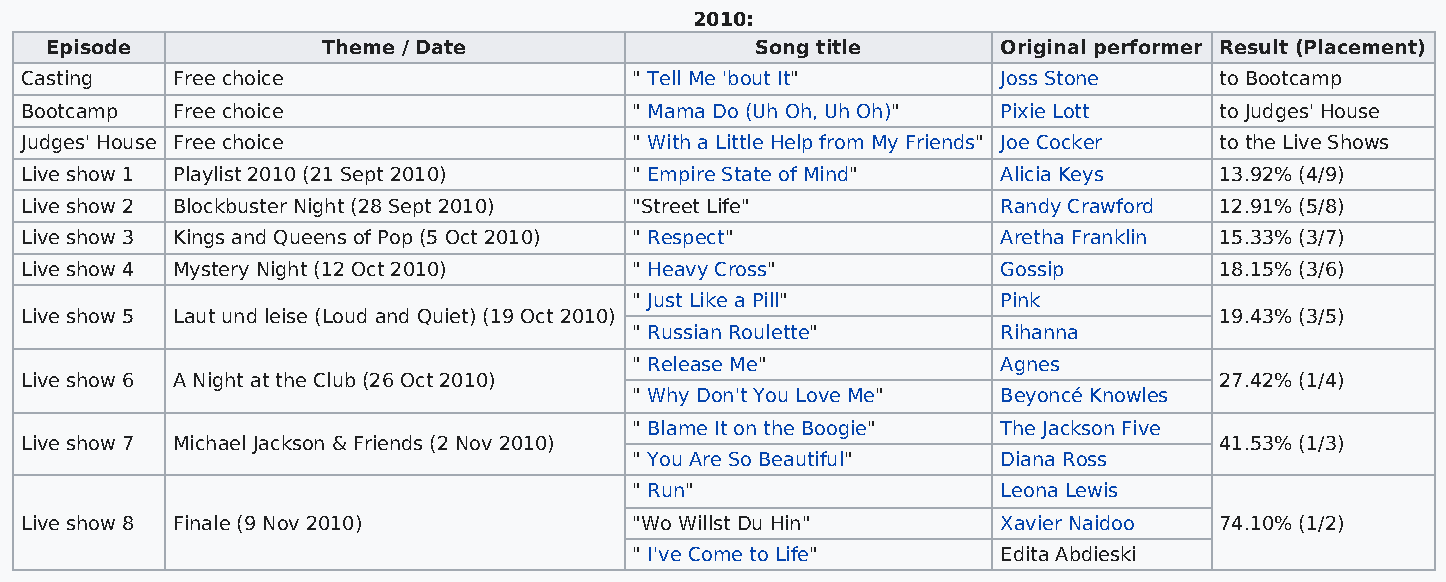
2010:
 Episode           Theme / Date                 Song title      Original performer Result (Placement)
 Casting   Free choice                    " Tell Me 'bout It"     Joss Stone     to Bootcamp
 Bootcamp  Free choice                    " Mama Do (Uh Oh, Uh Oh)" Pixie Lott   to Judges' House
 Judges' House Free choice                " With a Little Help from My Friends" Joe Cocker to the Live Shows
 Live show 1 Playlist 2010 (21 Sept 2010) " Empire State of Mind" Alicia Keys    13.92% (4/9)
 Live show 2 Blockbuster Night (28 Sept 2010) "Street Life"       Randy Crawford 12.91% (5/8)
 Live show 3 Kings and Queens of Pop (5 Oct 2010) " Respect"      Aretha Franklin 15.33% (3/7)
 Live show 4 Mystery Night (12 Oct 2010)  " Heavy Cross"          Gossip         18.15% (3/6)
 " Just Like a Pill"     Pink
 Live show 5 Laut und leise (Loud and Quiet) (19 Oct 2010)                       19.43% (3/5)
 " Russian Roulette"     Rihanna
 " Release Me"           Agnes
 Live show 6 A Night at the Club (26 Oct 2010)                                   27.42% (1/4)
 " Why Don't You Love Me" Beyoncé Knowles
 " Blame It on the Boogie" The Jackson Five
 Live show 7 Michael Jackson & Friends (2 Nov 2010)                              41.53% (1/3)
 " You Are So Beautiful" Diana Ross
 " Run"                  Leona Lewis
 Live show 8 Finale (9 Nov 2010)          "Wo Willst Du Hin"      Xavier Naidoo  74.10% (1/2)
 " I've Come to Life"    Edita Abdieski